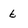
Character: 6